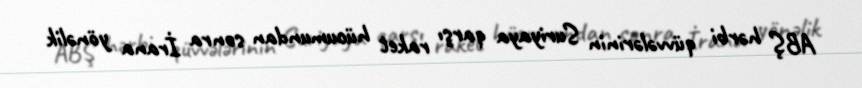
ABŞ hərbi qüvvələrinin Suriyaya qarşı raket hücumundan sonra İrana yönəlik